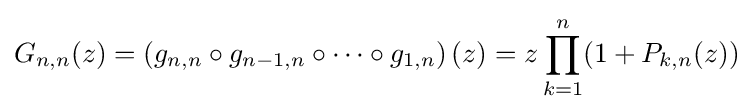
G_{n,n}(z)=\left(g_{n,n}\circ g_{n-1,n}\circ \cdots \circ g_{1,n}\right)(z)=z\prod _{k=1}^{n}(1+P_{k,n}(z))